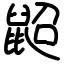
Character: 鼦